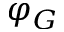
\varphi _ { G }